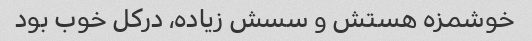
خوشمزه هستش و سسش زیاده، درکل خوب بود